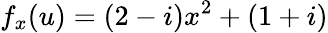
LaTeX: f_{x}(u)=(2-i)x^{2}+(1+i)